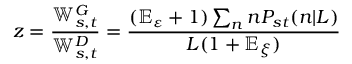
z = \frac { \mathbb { W } _ { s , t } ^ { G } } { \mathbb { W } _ { s , t } ^ { D } } = \frac { ( \mathbb { E } _ { \varepsilon } + 1 ) \sum _ { n } n P _ { s t } ( n | L ) } { L ( 1 + \mathbb { E } _ { \xi } ) }